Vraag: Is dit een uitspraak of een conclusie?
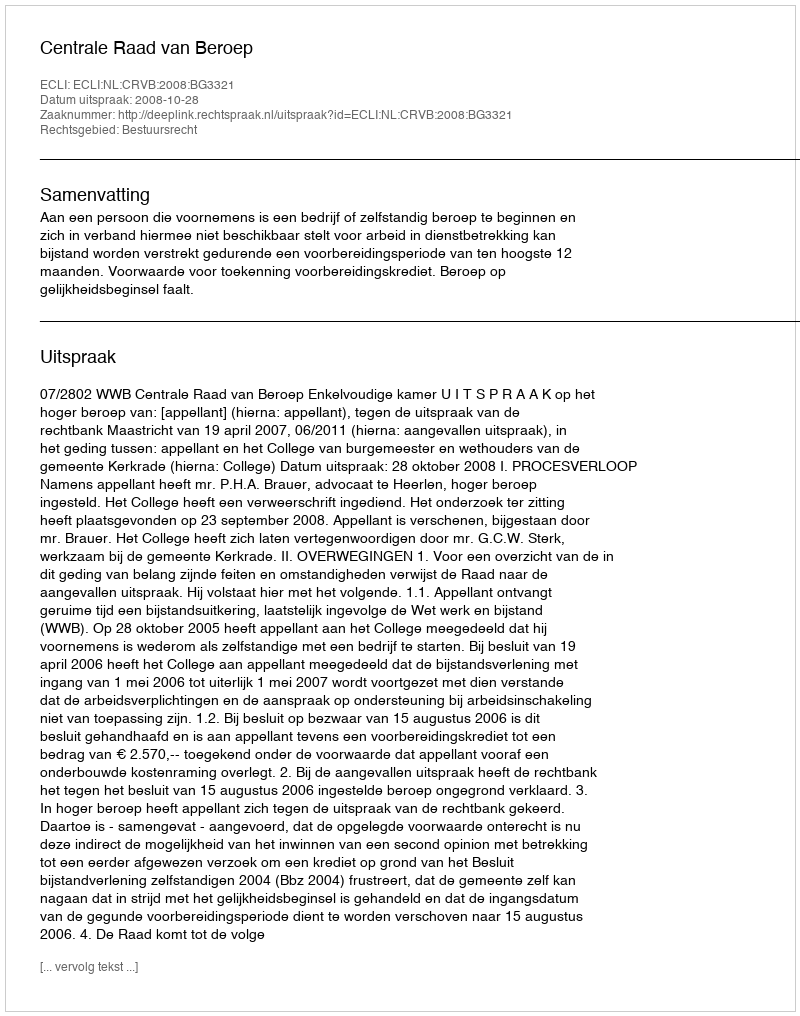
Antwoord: Uitspraak